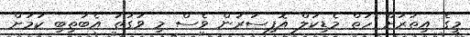
މީގެ އިތުރަށް ހަތް މެޑިކަލް އޮފިސަރުން ވެސް މި ވަގުތު އެބަތިބި ކަމަށް